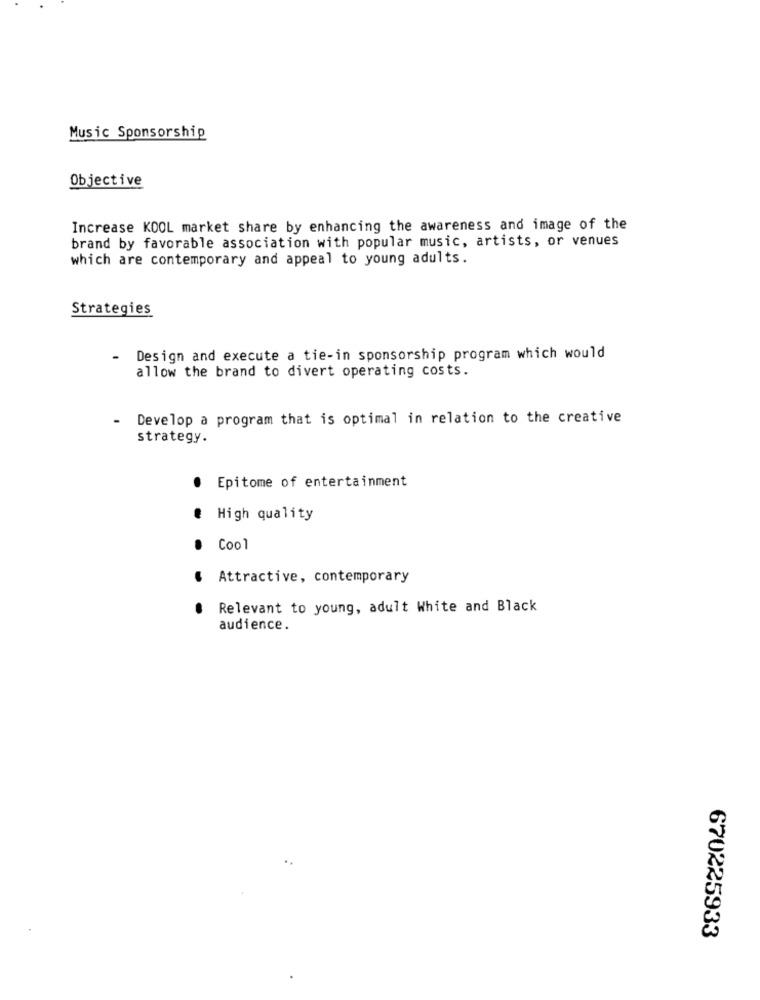
Music Sponsorship
Objective
Increase KOOL market share by enhancing the awareness and image of the
brand by favorable association with popular music, artists, or venues
which are contemporary and appeal to young adults.
Strategies
Design and execute a tie-in sponsorship program which would
allow the brand to divert operating costs.
.
Develop a program that is optimal in relation to the creative
strategy.
.
Epitome of entertainment
High quality
Cool
Attractive, contemporary
Relevant to young, adult White and Black
audience.
670225933